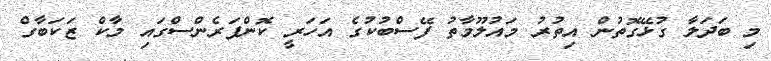
މި ބަދަލާ ގުޅޭގޮތުން އިތުރު މައުލޫމާތު ފޭސްބުކުގެ އަހަރީ ކޮންފަރެންސްގައި މާކް ޒަކަބާގް